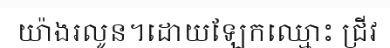
យ៉ាងរលូន។ដោយឡែកឈ្មោះ ជ្រីវ